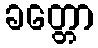
ခတ္တော